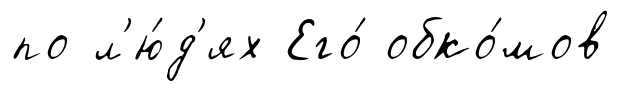
по л'ю́д'ях Его́ обко́мов